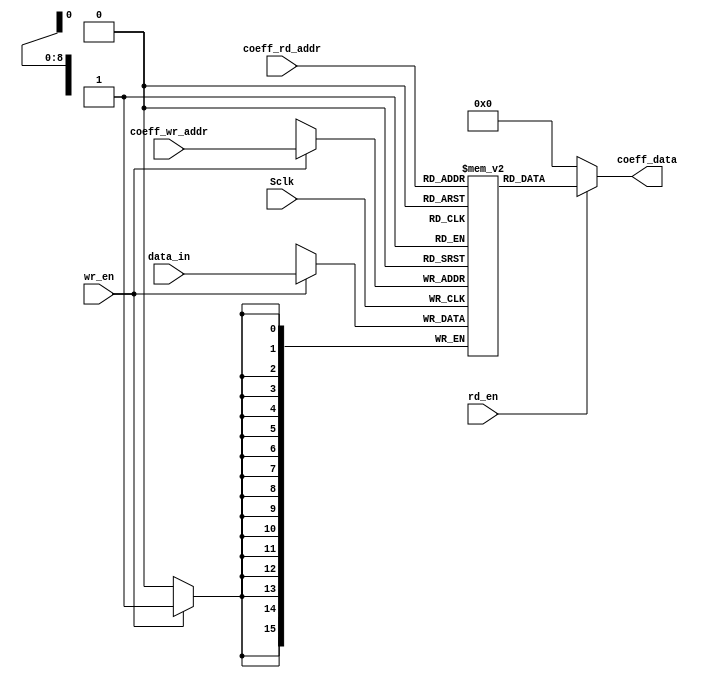
module coeff_memory (input wr_en, rd_en, Sclk,
							input [8:0] coeff_wr_addr, coeff_rd_addr,
							input [15:0] data_in,
							output [15:0] coeff_data);

	reg [15:0] coeff_mem [0:511];

	always @(negedge Sclk)
	begin
		if(wr_en == 1'b1)
			coeff_mem[coeff_wr_addr] = data_in;
	end
   assign coeff_data = (rd_en) ? coeff_mem[coeff_rd_addr] : 16'd0;
endmodule